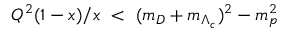
Q ^ { 2 } ( 1 - x ) / x \ < \ ( m _ { D } + m _ { \Lambda _ { c } } ) ^ { 2 } - m _ { p } ^ { 2 }